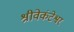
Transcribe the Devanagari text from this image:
श्रीवेकंटेश्वर